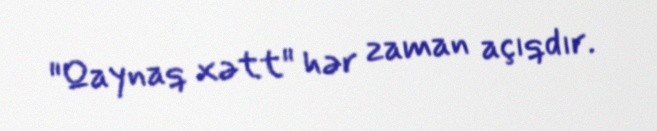
"Qaynaq xətt" hər zaman açıqdır.